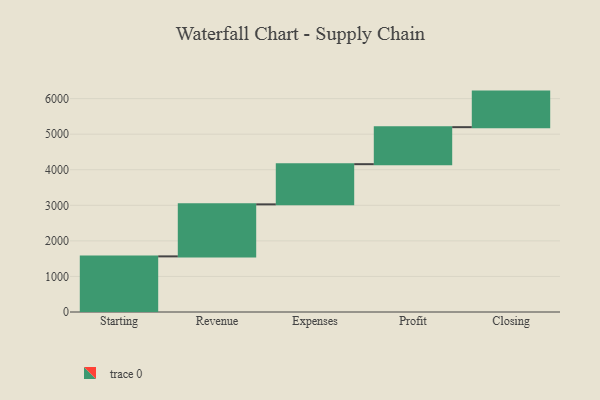
{"axis": {"x": "Step", "y": "Value"}, "legend": [""], "data": [{"x": "Starting", "y": 1564.0, "type": ""}, {"x": "Revenue", "y": 1463.0, "type": ""}, {"x": "Expenses", "y": 1130.0, "type": ""}, {"x": "Profit", "y": 1041.0, "type": ""}, {"x": "Closing", "y": 1000, "type": ""}]}